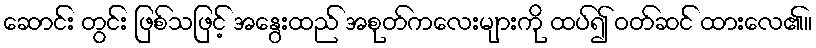
ဆောင်း တွင်း ဖြစ်သဖြင့် အနွေးထည် အစုတ်ကလေးများကို ထပ်၍ ဝတ်ဆင် ထားလေ၏။